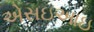
એસઇઆઇ